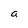
Character: a